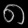
Digit: ၈